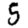
Digit: 5